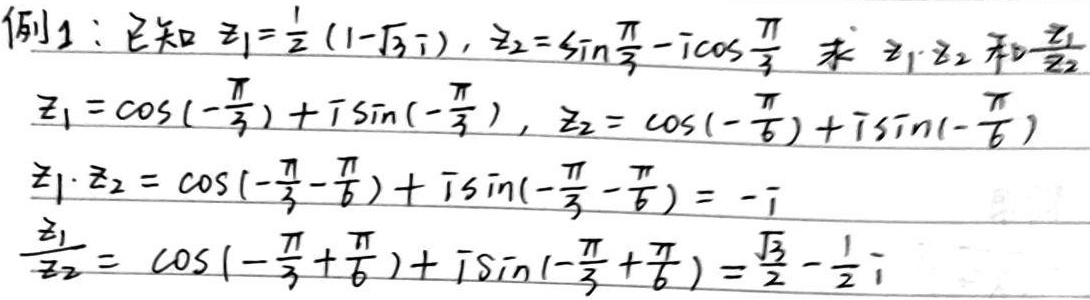
例1：已知 \(z_1 = \frac{1}{2}(1 - \sqrt{3}i)\)，\(z_2=\sin\frac{\pi}{3}-i\cos\frac{\pi}{3}\)，求 \(z_1\cdot z_2\) 和 \(\frac{z_1}{z_2}\)。
\[z_1=\cos(-\frac{\pi}{3})+i\sin(-\frac{\pi}{3}),\ z_2 = \cos(-\frac{\pi}{6})+i\sin(-\frac{\pi}{6})\]
\[z_1\cdot z_2=\cos(-\frac{\pi}{3}-\frac{\pi}{6})+i\sin(-\frac{\pi}{3}-\frac{\pi}{6})=-i\]
\[\frac{z_1}{z_2}=\cos(-\frac{\pi}{3}+\frac{\pi}{6})+i\sin(-\frac{\pi}{3}+\frac{\pi}{6})=\frac{\sqrt{3}}{2}-\frac{1}{2}i\]